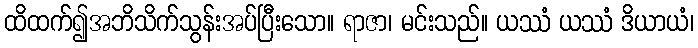
ထိထက်၍အဘိသိက်သွန်းအပ်ပြီးသော။ ရာဇာ၊ မင်းသည်။ ယဿံ ယဿံ ဒိယာယံ၊